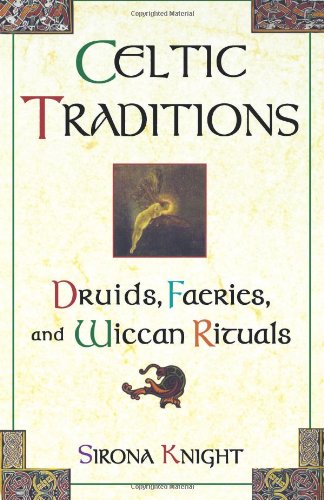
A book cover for Celtic Traditions: Druids, Faeries, and Wiccan Rituals; Knight; Religion & Spirituality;